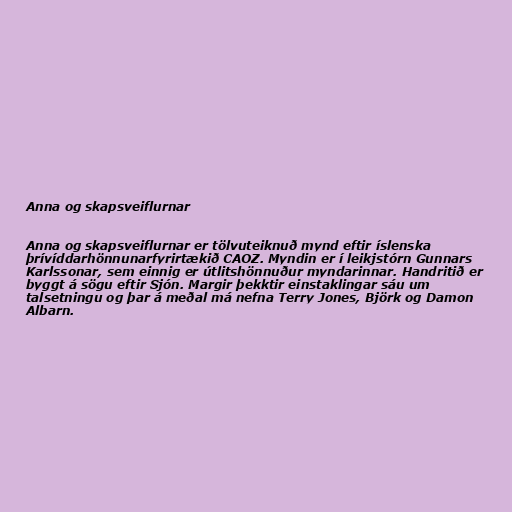
Anna og skapsveiflurnar

Anna og skapsveiflurnar er tölvuteiknuð mynd eftir íslenska
þrívíddarhönnunarfyrirtækið CAOZ. Myndin er í leikjstórn Gunnars
Karlssonar, sem einnig er útlitshönnuður myndarinnar. Handritið er
byggt á sögu eftir Sjón. Margir þekktir einstaklingar sáu um
talsetningu og þar á meðal má nefna Terry Jones, Björk og Damon
Albarn.